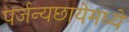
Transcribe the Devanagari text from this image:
पर्जन्यछायेमध्ये